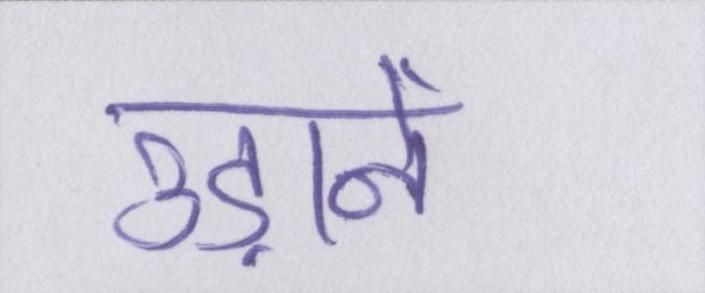
उड़ानें